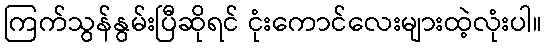
ကြက်သွန်နွမ်းပြီဆိုရင် ငုံးကောင်လေးများထဲ့လုံးပါ။